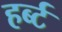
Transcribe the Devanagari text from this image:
हर्ब्ट